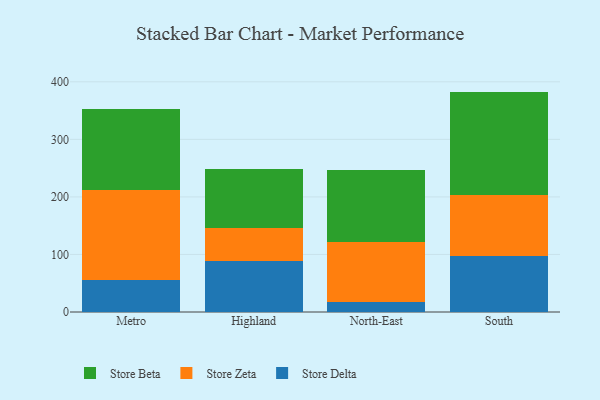
{"axis": {"x": "Region", "y": "Page Views"}, "legend": ["Store Beta", "Store Delta", "Store Zeta"], "data": [{"x": "Metro", "y": 56.3, "type": "Store Delta"}, {"x": "Metro", "y": 155.9, "type": "Store Zeta"}, {"x": "Metro", "y": 141.3, "type": "Store Beta"}, {"x": "Highland", "y": 88.0, "type": "Store Delta"}, {"x": "Highland", "y": 57.2, "type": "Store Zeta"}, {"x": "Highland", "y": 103.6, "type": "Store Beta"}, {"x": "North-East", "y": 17.2, "type": "Store Delta"}, {"x": "North-East", "y": 104.1, "type": "Store Zeta"}, {"x": "North-East", "y": 124.7, "type": "Store Beta"}, {"x": "South", "y": 97.6, "type": "Store Delta"}, {"x": "South", "y": 106.2, "type": "Store Zeta"}, {"x": "South", "y": 179.2, "type": "Store Beta"}]}